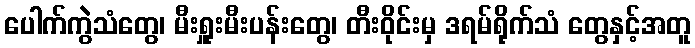
ပေါက်ကွဲသံတွေ၊ မီးရှူးမီးပန်းတွေ၊ တီးဝိုင်းမှ ဒရမ်ရိုက်သံ တွေနှင့်အတူ